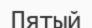
Пятый